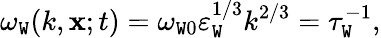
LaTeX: \omega_{\mathtt{W}}(k,{\mathbf{{x}}};t)=\omega_{\mathtt{W}0}\varepsilon_{\mathtt{W}}^{1/3}k^{2/3}=\tau_{\mathtt{W}}^{-1},